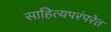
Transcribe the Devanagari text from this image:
साहित्यपरंपरेत